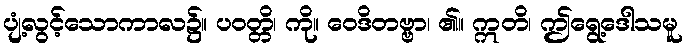
ပျံ့လွင့်သောကာလ၌။ ပဝတ္တိ၊ ကို။ ဝေဒိတဗ္ဗာ၊ ၏။ ဣတိ၊ ဤရွေ့ဒေါသမူ